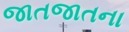
જાતજાતના